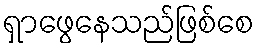
ရှာဖွေနေသည်ဖြစ်စေ